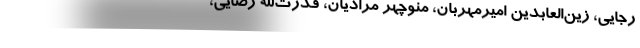
رجايي، زين‌العابدين اميرمهربان، منوچهر مراديان، قدرت‌الله رضايي،